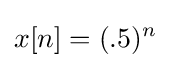
x[n]=(.5)^{n}\